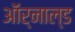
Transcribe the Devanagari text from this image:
ऑर्नाल्ड